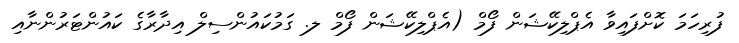
ފުރިހަމަ ކޮށްފައިވާ އެޕްލިކޭޝަން ފޯމް (އެޕްލިކޭޝަން ފޯމް ލ. ގަމުކައުންސިލް އިދާރާގެ ކައުންޓަރުންނާއި